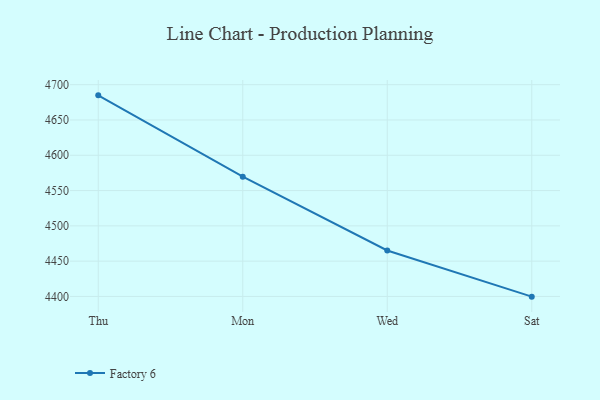
{"axis": {"x": "Day", "y": "Net Income (USD K)"}, "legend": ["Factory 6"], "data": [{"x": "Thu", "y": 4684.9, "type": "Factory 6"}, {"x": "Mon", "y": 4569.7, "type": "Factory 6"}, {"x": "Wed", "y": 4465.1, "type": "Factory 6"}, {"x": "Sat", "y": 4399.7, "type": "Factory 6"}]}